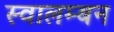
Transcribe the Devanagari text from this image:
स्वालम्बन